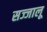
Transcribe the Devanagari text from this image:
सज्जालू